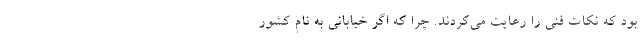
بود که نکات فنی را رعایت می‌کردند. چرا که اگر خیابانی به نام کشور